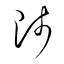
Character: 陟